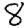
Digit: 8